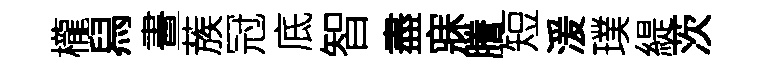
櫳舄晝蔟冠底智盡寐謄短湲璞緹茨